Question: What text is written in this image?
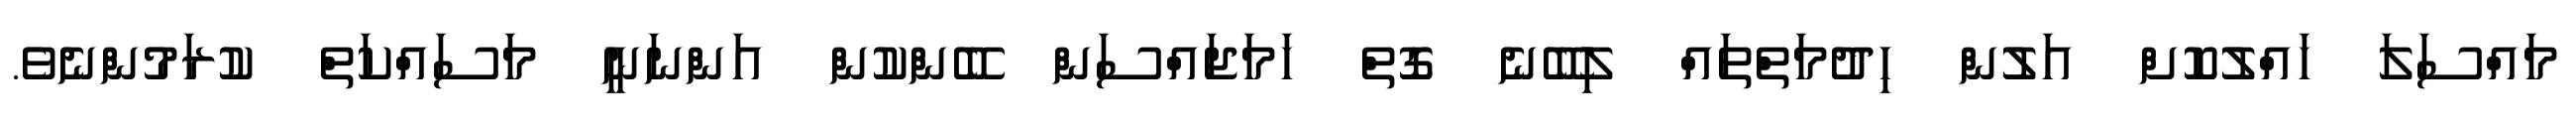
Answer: މައްސަލަ ހައްލުކޮށް އަލުން ހިދުމަތްތައް ލިބޭނެ ގޮތް ހަމަޖައްސަން ބޭންކުން އަންނަނީ މަސައްކަތް ކުރަމުންނެވެ.